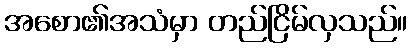
အစော၏အသံမှာ တည်ငြိမ်လှသည်။